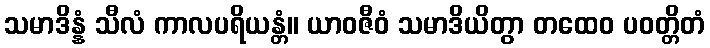
သမာဒိန္နံ သီလံ ကာလပရိယန္တံ။ ယာဝဇီဝံ သမာဒိယိတွာ တထေဝ ပဝတ္တိတံ